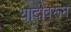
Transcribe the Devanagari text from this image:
यादीवरून